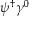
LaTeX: \psi ^ { \dagger } \gamma ^ { 0 }